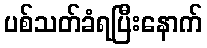
ပစ်သတ်ခံရပြီးနောက်